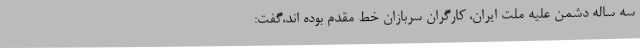
سه ساله دشمن علیه ملت ایران، کارگران سربازان خط مقدم بوده اند،گفت: